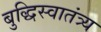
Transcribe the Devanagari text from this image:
बुद्धिस्वातंत्र्य